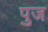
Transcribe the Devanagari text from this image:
पुज